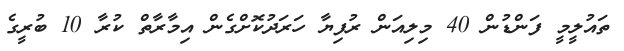
ތައުލީމީ ފަންޑުން 40 މިލިއަން ރުފިޔާ ހަރަދުކޮށްގެން އިމާރާތް ކުރާ 10 ބުރީގެ